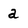
Character: a